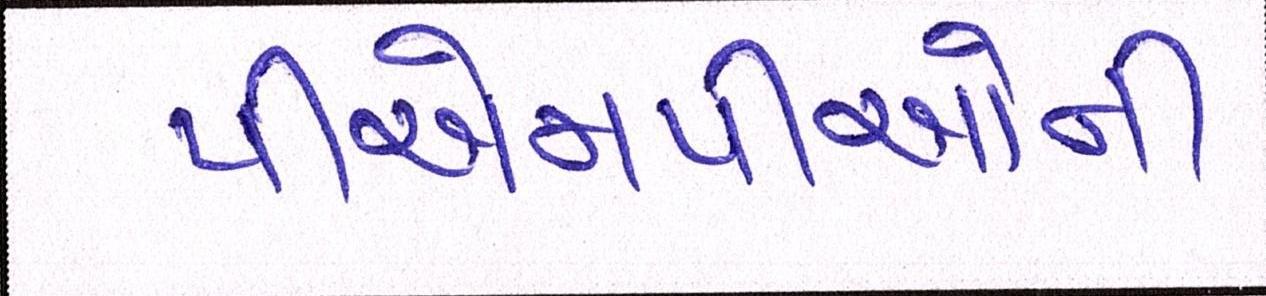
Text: પીએમપીઓની